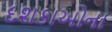
દશકાઓના